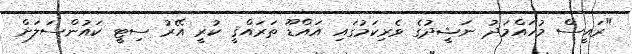
"ރައީސް މުހައްމަދު ނަޝީދުގެ ވެރިކަމުގައި އައްޑޫ ތަރައްޤީ ކުރީ އޭރު ސިޓީ ކައުންސަލަށް